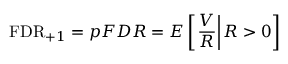
\mathrm { F D R } _ { + 1 } = p F D R = E \left[ \left. { \frac { V } { R } } \right| R > 0 \right]